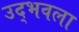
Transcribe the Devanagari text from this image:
उद्‍भवला